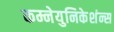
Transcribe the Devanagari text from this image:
कम्नेयुनिकेशंन्स